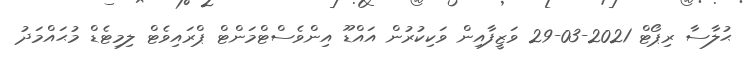
ޙުލާސާ ރިޕޯޓް 2021-03-29 ވަޒީފާއިން ވަކިކުރުން އައްޑޫ އިންވެސްޓްމަންޓް ޕްރައިވެޓް ލިމިޓެޑް މުޙައްމަދު